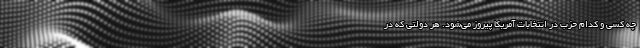
چه کسی و کدام حزب در انتخابات آمریکا پیروز می‌شود. هر دولتی که در